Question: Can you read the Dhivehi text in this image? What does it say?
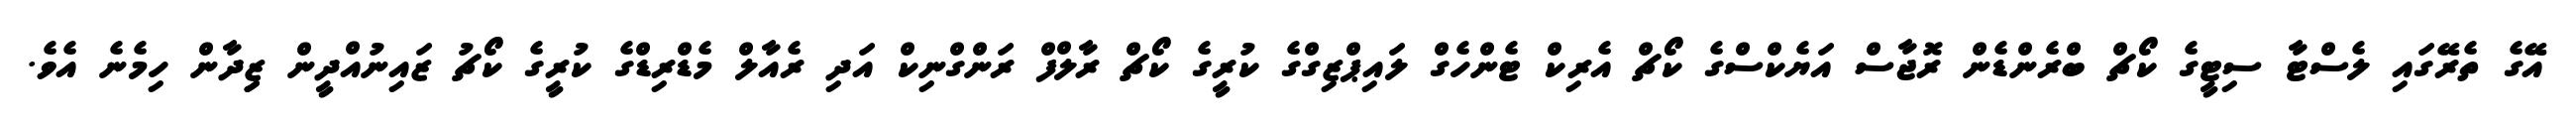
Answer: އޭގެ ތެރޭގައި ލެސްޓާ ސިޓީގެ ކޯޗް ބްރެންޑެން ރޮޖާސް އަޔެކްސްގެ ކޯޗް އެރިކް ޓެންހެގް ލައިޕްޒިގްގެ ކުރީގެ ކޯޗް ރާލްފް ރަންގްނިކް އަދި ރެއާލް މެޑްރިޑްގެ ކުރީގެ ކޯޗު ޒައިނުއްދީން ޒިިދާން ހިމެނެ އެވެ.